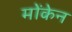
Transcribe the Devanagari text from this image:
मोंकेन